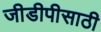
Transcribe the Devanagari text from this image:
जीडीपीसाठी